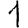
Digit: 1